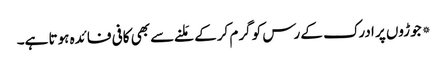
*جوڑوں پر ادرک کے رس کو گرم کرکے مَلنے سے بھی کافی فائدہ ہوتا ہے۔